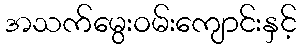
အသက်မွေးဝမ်းကျောင်းနှင့်